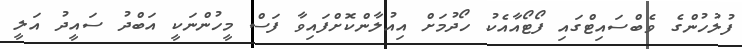
ފުލުހުންގެ ވެބްސައިޓްގައި ފޯޓޯއާއެކު ހޯދުމަށް އިއުލާންކޮށްފައިވާ ފަސް މީހުންނަކީ އަބްދު ސައީދު އަލީ